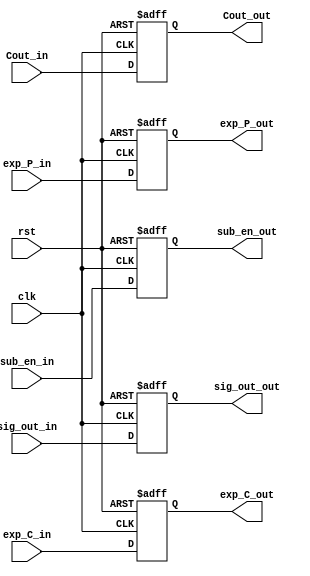
module pipeline_four (clk, rst, Cout_in, sig_out_in, sub_en_in, exp_C_in, exp_P_in, Cout_out, sig_out_out, sub_en_out, exp_C_out, exp_P_out);
    
    input clk, rst, Cout_in;
    input [7:0] exp_C_in, exp_P_in;
    input [1:0] sub_en_in;
    input [49:0] sig_out_in;
    output reg Cout_out;
    output reg [7:0] exp_C_out, exp_P_out;
    output reg [1:0] sub_en_out;
    output reg [49:0] sig_out_out;
    



    always @(posedge clk , posedge rst) begin
        if(rst) begin
            Cout_out <= 1'b0;
            exp_C_out <= 8'b0;
            exp_P_out <= 8'b0;
            sub_en_out <= 2'b0;
            sig_out_out <= 50'b0;
        end
        else begin
            Cout_out <= Cout_in;
            exp_C_out <= exp_C_in;
            exp_P_out <= exp_P_in;
            sub_en_out <= sub_en_in;
            sig_out_out <= sig_out_in;
        end
    end

endmodule